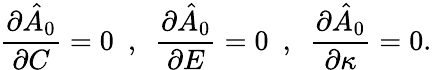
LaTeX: \frac{\partial\hat{A}_{0}}{\partial C}=0~~,~~\frac{\partial\hat{A}_{0}}{\partial E}=0~~,~~\frac{\partial\hat{A}_{0}}{\partial\kappa}=0.